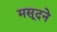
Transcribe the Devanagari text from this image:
मसूदने